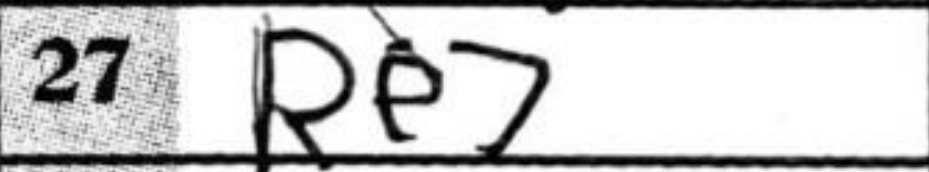
Transcription: Re7